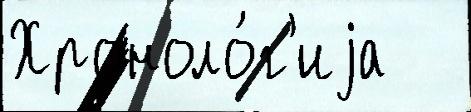
Хроноло́г'иjа